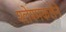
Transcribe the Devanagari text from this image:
श्लेश्मकलेने